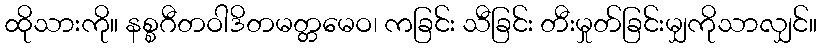
ထိုသားကို။ နစ္စဂီတဝါဒိတမတ္တမေဝ၊ ကခြင်း သီခြင်း တီးမှုတ်ခြင်းမျှကိုသာလျှင်။